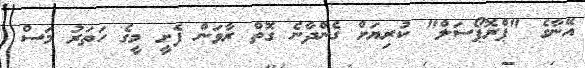
އޭނާގެ "ޕްރޮޕޯސަލް" ކުރިޔަށް ގެންދާނެ ގޮތް ރާވަން ފެށީ މީގެ ހަތަރު މަސް